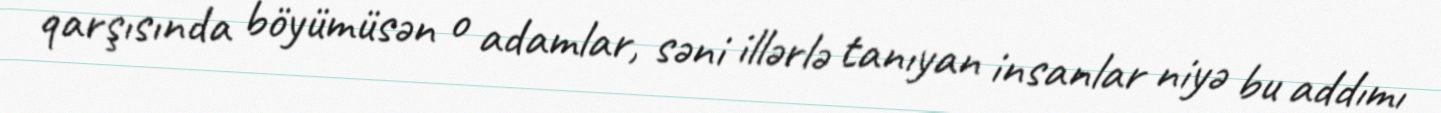
qarşısında böyümüsən o adamlar, səni illərlə tanıyan insanlar niyə bu addımı